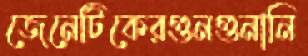
জেনেটিকেরগুনগুনানি